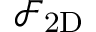
\mathcal { F } _ { \mathrm { 2 D } }